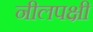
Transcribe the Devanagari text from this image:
नीलपक्षी